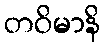
တဝိမာနိ